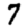
Digit: 7